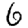
Digit: 6